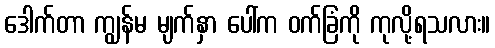
ဒေါက်တာ ကျွန်မ မျက်နှာ ပေါ်က ဝက်ခြံကို ကုလို့ရသလား။